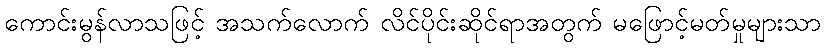
ကောင်းမွန်လာသဖြင့် အသက်လောက် လိင်ပိုင်းဆိုင်ရာအတွက် မဖြောင့်မတ်မှုများသာ